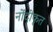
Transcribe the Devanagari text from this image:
नोंदीकृत